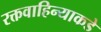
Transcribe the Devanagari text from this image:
रक्तवाहिन्याकडे